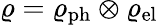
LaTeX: \varrho=\varrho_{\mathrm{ph}}\otimes\varrho_{\mathrm{el}}